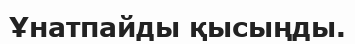
Ұнатпайды қысыңды.